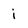
Character: i